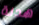
هدنة